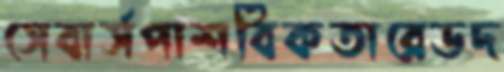
সেবার্সপাশবিকতারেডদ